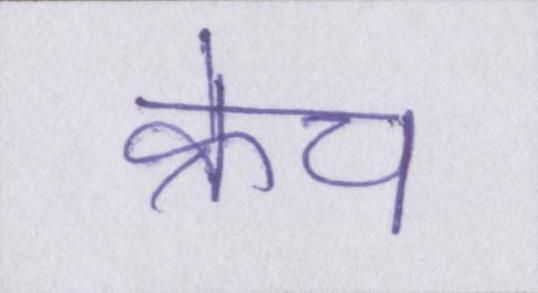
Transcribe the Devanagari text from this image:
क्रेच